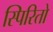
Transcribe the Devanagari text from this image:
स्पिरितो